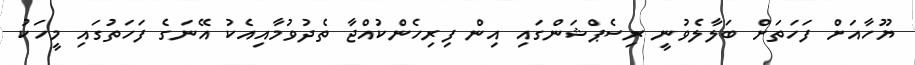
ޔޫހާއަށް ފަހަތަށް ބަލާލެވުނީ ރިސެޕްޝަންގައި އިން ފިރިހެންކުއްޖާ ތެދުވުމާއިއެކު އޭނަގެ ފަހަތުގައި މީހަކު